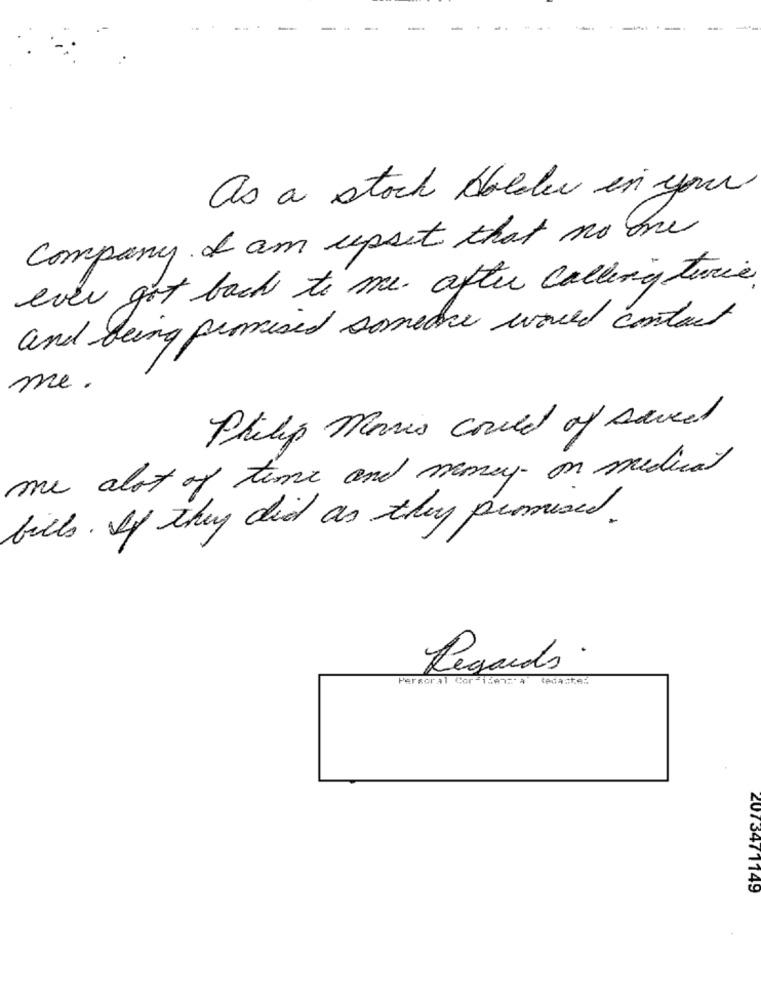
as a stock Holder in your
Company. I am upset that no ore
ever got back to me. after calling twice
and being promised somedie would contact
me.
Philip Morris could of saved
me alot of time and money on medical
bills. If they did as they perused.
Regards.
Persoral Cor -15mn:' a
207 3471149